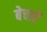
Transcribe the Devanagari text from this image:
बेचारें